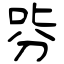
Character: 哛